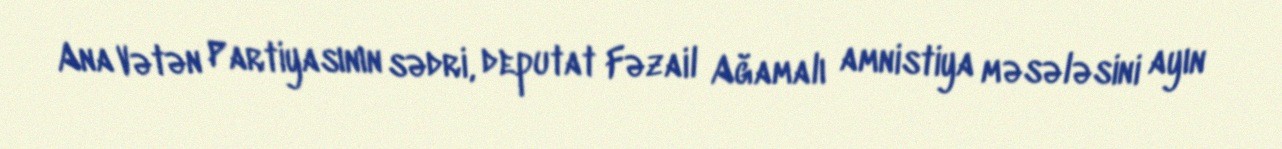
Ana Vətən Partiyasının sədri, deputat Fəzail Ağamalı amnistiya məsələsini ayın